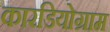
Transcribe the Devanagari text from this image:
कारडियोग्राम